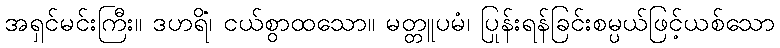
အရှင်မင်းကြီး။ ဒဟရိံ၊ ငယ်စွာထသော။ မတ္တူပမံ၊ ပြုန်းရန်ခြင်းစမ္ပယ်ဖြင့်ယစ်သော